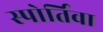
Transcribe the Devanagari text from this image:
स्पोर्तिवा